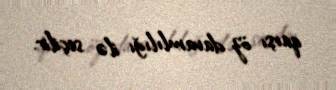
qarşı öz davamlılığı ilə seçilir.